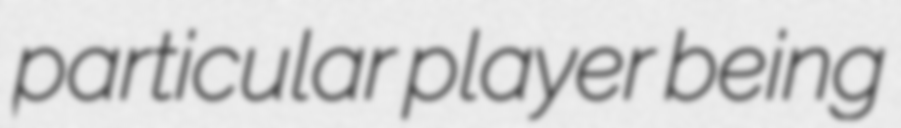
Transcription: particular player being